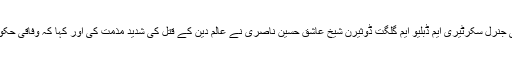
احتجاجی مظاہرین سے خطاب کرتے ہوئے ڈپٹی جنرل سکرٹیری ایم ڈبلیو ایم گلگت ڈوثیرن شیخ عاشق حسین ناصری نے عالم دین کے قتل کی شدید مذمت کی اور کہا کہ وفاقی حکومت کی نااہلی کے باعث یہ واقع رونما ہوا ہے ۔